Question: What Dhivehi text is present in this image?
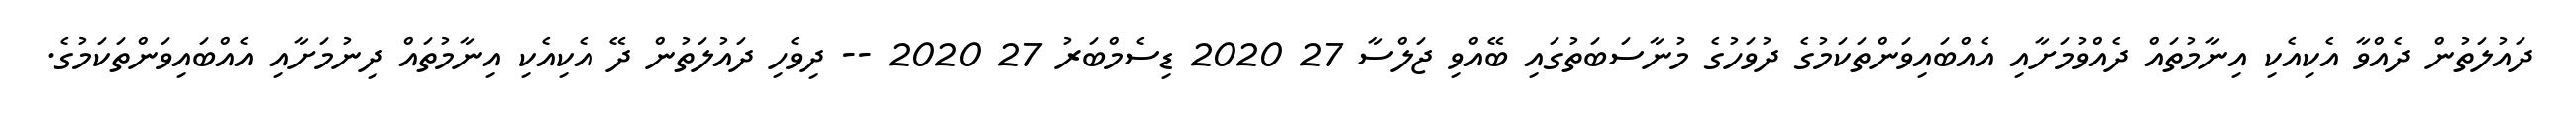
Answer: ދައުލަތުން ދެއްވާ އެކިއެކި އިނާމުތައް ދެއްވުމަށާއި އެއްބައިވަންތަކަމުގެ ދުވަހުގެ މުނާސަބަތުގައި ބޭއްވި ޖަލްސާ 27 2020 ޑިސެމްބަރު 27 2020 -- ދިވެހި ދައުލަތުން ދޭ އެކިއެކި އިނާމުތައް ދިނުމަށާއި އެއްބައިވަންތަކަމުގެ.